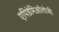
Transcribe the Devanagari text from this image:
एपिडेमिऑलोजी